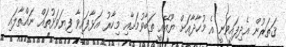
ޤަތަރުން އެދިފައިވަނީ އެ މުހާދާއަށް ޔޫއޭއީ ތަބާވުމަށާއި މިހާރު އަޅާފައިވާ ފިޔަވަޅުތައް ނައްތާލައި